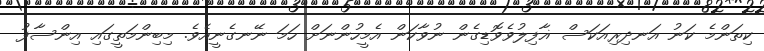
ކިތަންމެ ކަނު އަނދިރިއަކަސް ޣާފިލުވެވޮޑިގެން ނުވާކަން އެމީހުންނަށް ހަމަ ނޭނގެނީއެވެ. މިބިންމަތީގައި އިންސާފު